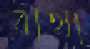
বাথা